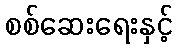
စစ်ဆေးရေးနှင့်